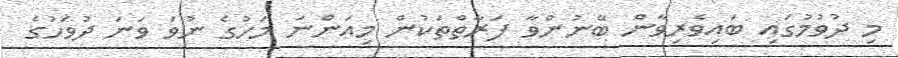
މި ދުވުމުގައި ބައިވެރިވާން ބޭނުންވާ ފަރާތްތަކުން މިއަންނަ މަހުގެ ނުވަ ވަނަ ދުވަހުގެ